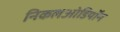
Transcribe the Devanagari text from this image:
निकलओडियॉन